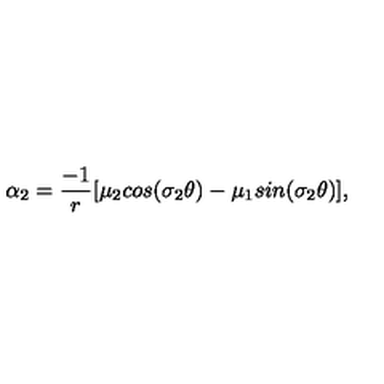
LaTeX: \alpha _ { 2 } = \frac { - 1 } { r } [ \mu _ { 2 } c o s ( \sigma _ { 2 } \theta ) - \mu _ { 1 } s i n ( \sigma _ { 2 } \theta ) ] ,